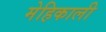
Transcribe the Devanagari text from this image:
मेहिकाली